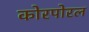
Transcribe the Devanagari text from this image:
कोरपोरल